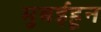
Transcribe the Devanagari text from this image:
मुबईहून